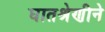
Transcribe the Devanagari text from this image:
घातश्रेणीने